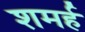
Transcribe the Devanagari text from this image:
शमर्ह